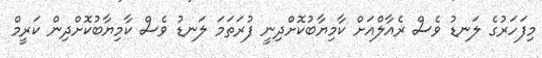
މިފަހަރުގެ ލަނޑު ވެސް ރެއާލްއަށް ކާމިޔާބުކޮށްދިނީ ފުރަތަމަ ލަނޑު ވެސް ކާމިޔާބުކޮށްދިން ކަރީމް